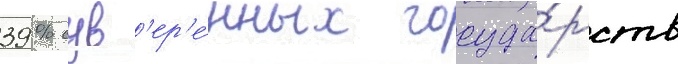
39 % сув'ер'е́нных госуда́рств